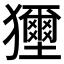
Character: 𤣐